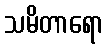
သမိတာရော